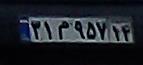
۳۱م۹۵۷۱۴